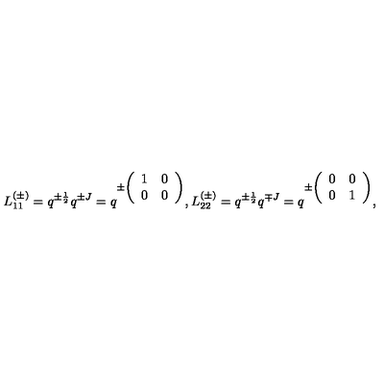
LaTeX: L _ { 1 1 } ^ { ( \pm ) } = q ^ { \pm \frac { 1 } { 2 } } q ^ { \pm J } = q ^ { \pm \left( \begin{array} { c c } { 1 } & { 0 } \\ { 0 } & { 0 } \\ \end{array} \right) } , L _ { 2 2 } ^ { ( \pm ) } = q ^ { \pm \frac { 1 } { 2 } } q ^ { \mp J } = q ^ { \pm \left( \begin{array} { c c } { 0 } & { 0 } \\ { 0 } & { 1 } \\ \end{array} \right) } ,